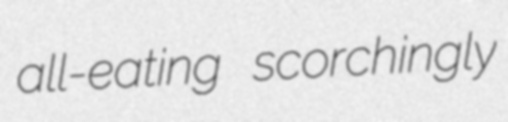
all-eating scorchingly